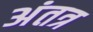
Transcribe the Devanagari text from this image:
अंतत्र